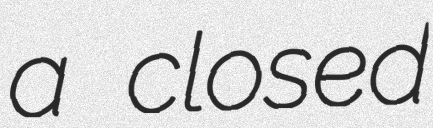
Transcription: a closed